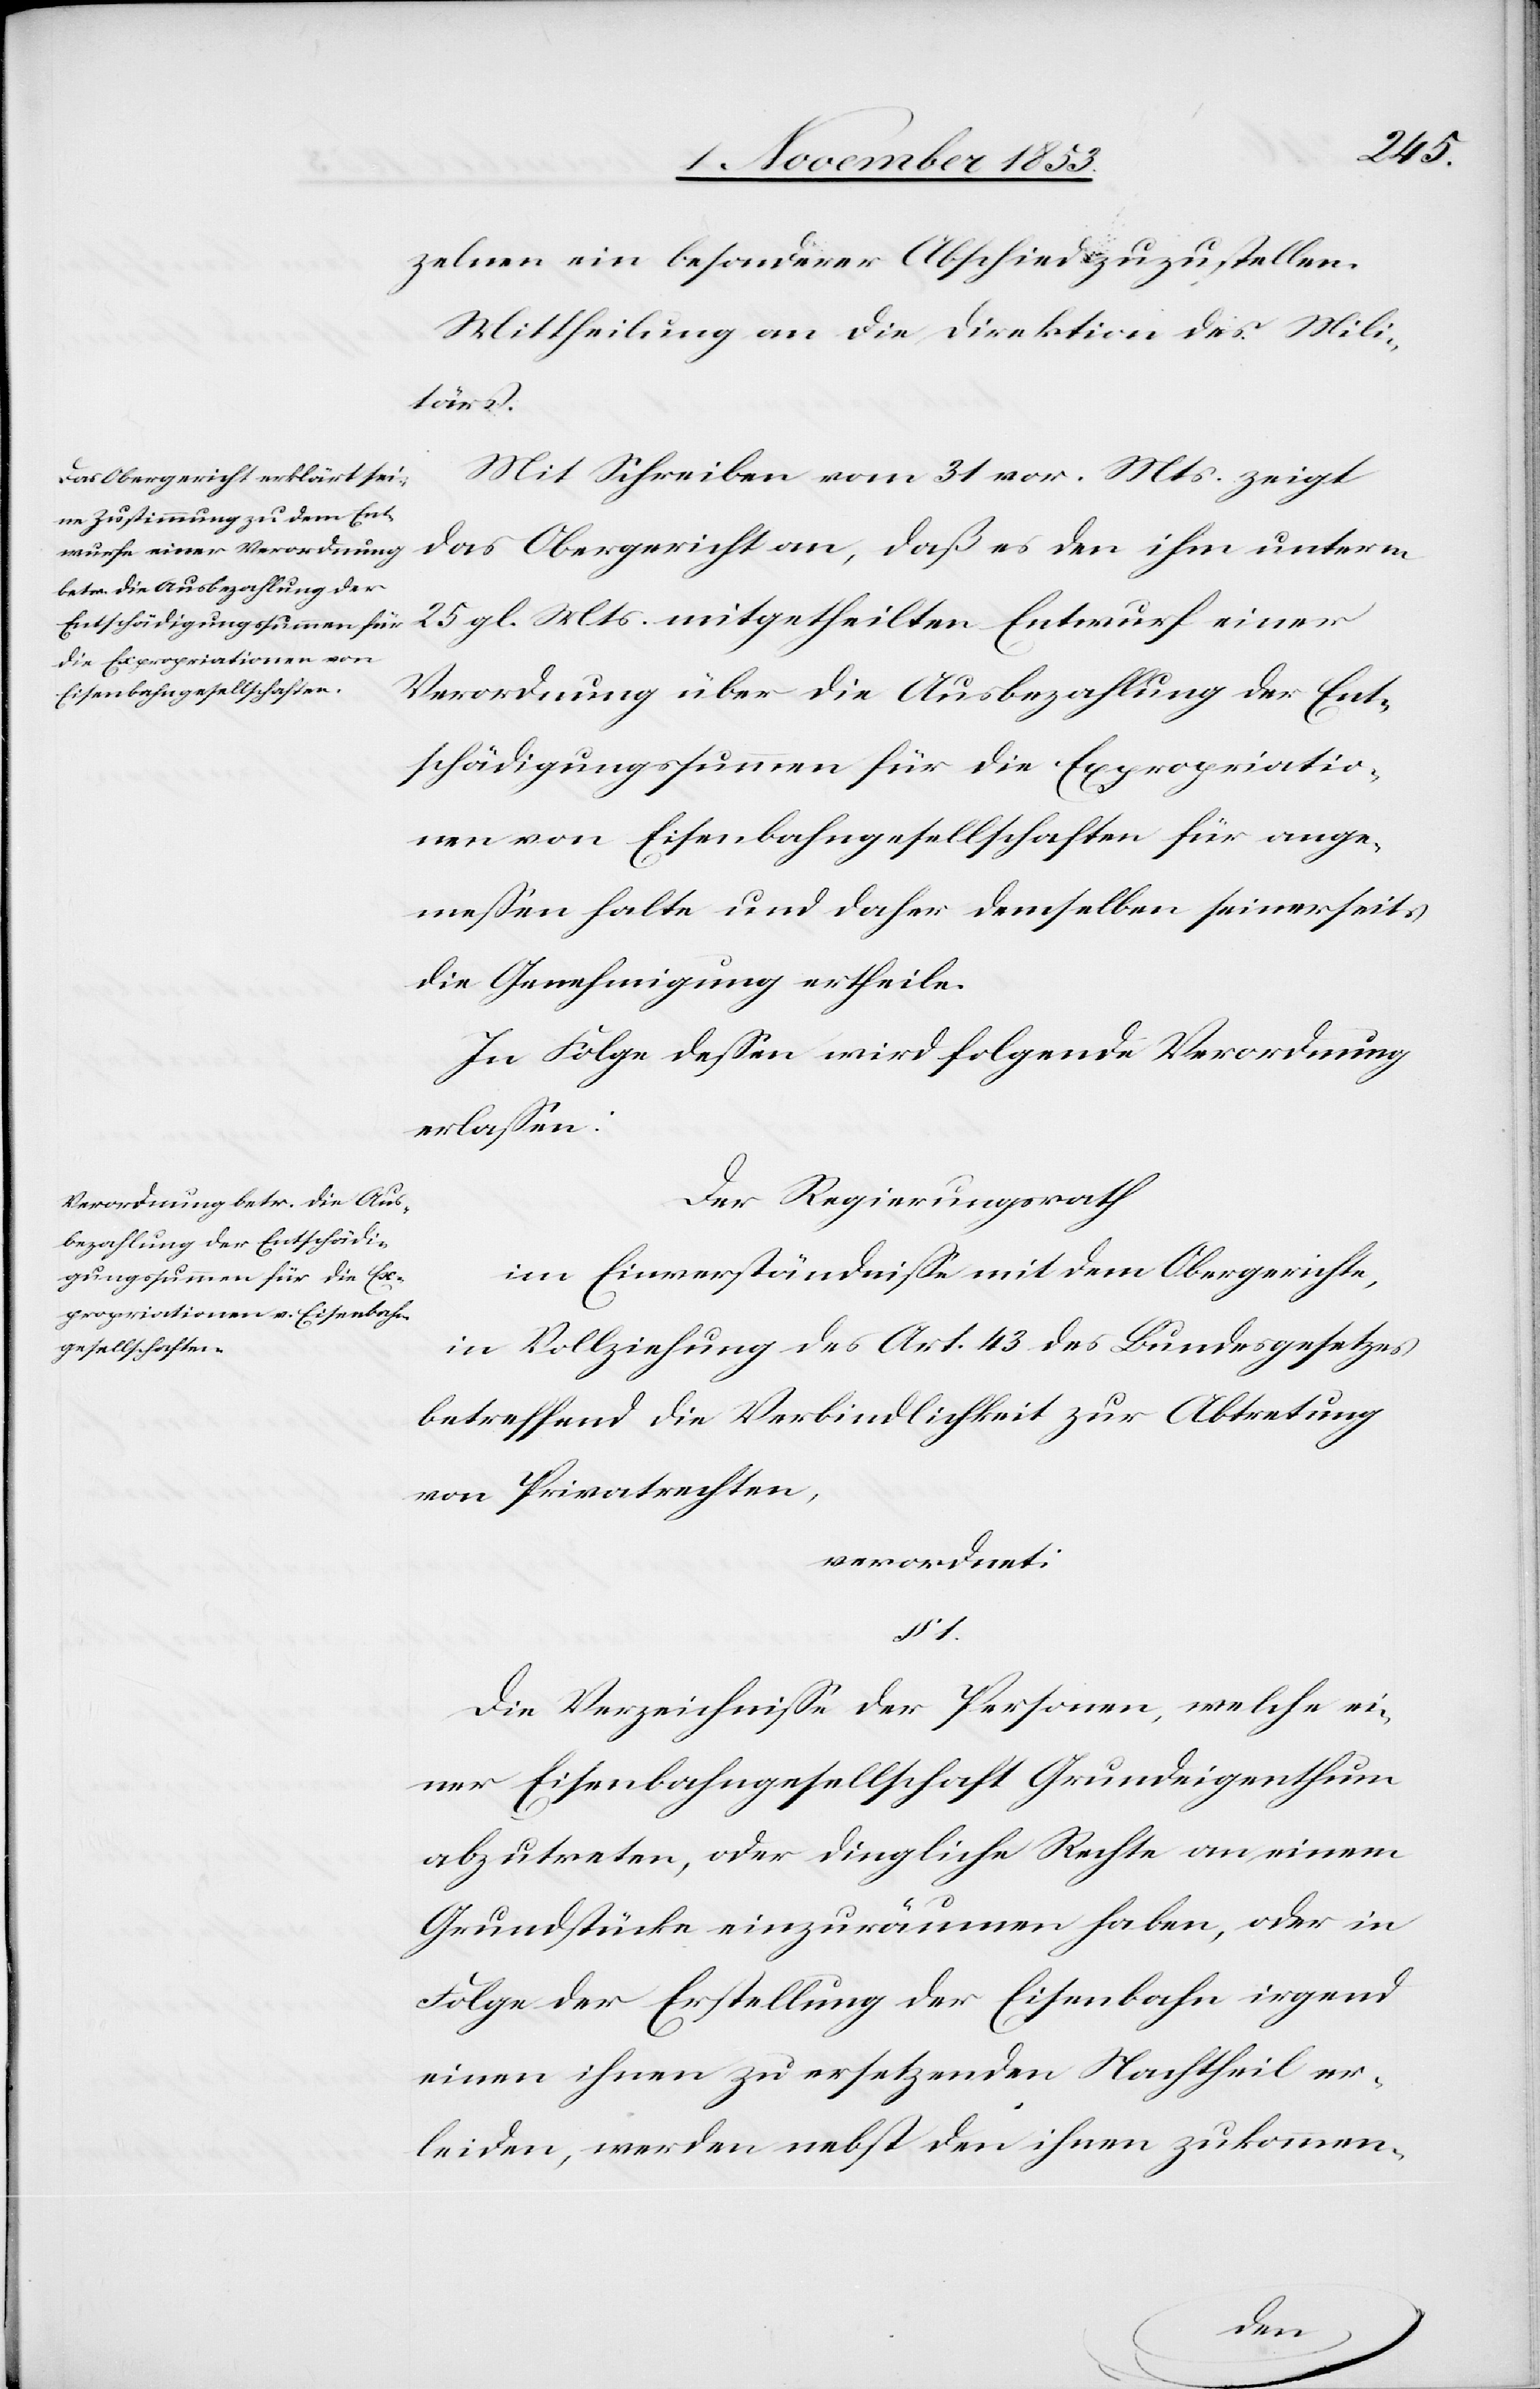
Mts.
zelnen ein besonderer Abschied zuzustellen.
Mittheilung an die Direktion des Mili¬
tärs.
Mit Schreiben vom 31 vor. Mts. zeigt
das Obergericht an, daß es den ihm unterm
Verordnung über die Ausbezahlung der Ent¬
schädigungssumme für die Expropriatio¬
nen von Eisenbahngesellschaften für ange¬
meßen halte und daher demselben seinerseits
die Genehmigung ertheile.
In Folge deßen wird folgende Verordnung
erlaßen:
Der Regierungsrath
im Einverständniße mit dem Obergerichte
in Vollziehung des Art. 43 des Bundesgesetzes
betreffend die Verbindlichkeit zur Abtretung
von Privatrechten,
verordnet:
§ 1.
Die Verzeichniße der Personen, welche ei¬
ner Eisenbahngesellschaft Grundeigenthum
abzutreten, oder dingliche Rechte an einem
Grundstücke einzuräumen haben, oder in
Folge der Erstellung der Eisenbahn irgend
einen ihnen zu ersetzenden Nachtheil er¬
leiden, werden nebst den ihnen zukommen-
einer